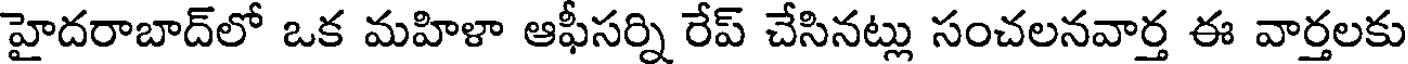
హైదరాబాద్లో ఒక మహిళా ఆఫీసర్ని రేప్ చేసినట్లు సంచలనవార్త ఈ వార్తలకు